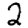
Digit: 2